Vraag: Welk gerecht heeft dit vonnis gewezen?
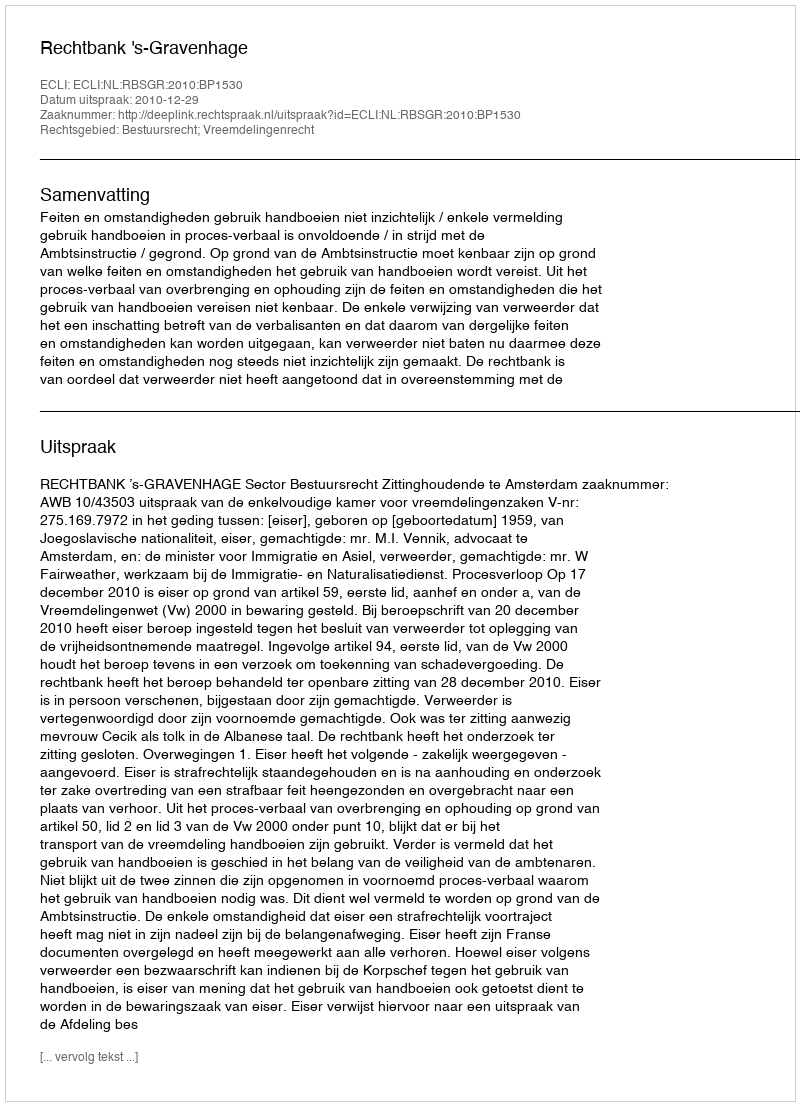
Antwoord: Rechtbank 's-Gravenhage